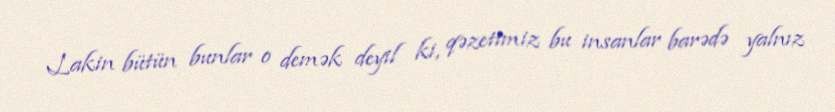
Lakin bütün bunlar o demək deyil ki, qəzetimiz bu insanlar barədə yalnız